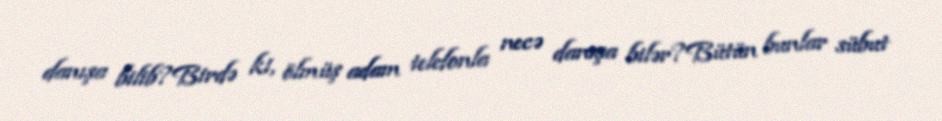
danışa bilib?Birdə ki, ölmüş adam telefonla necə danışa bilər?Bütün bunlar sübut